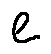
e